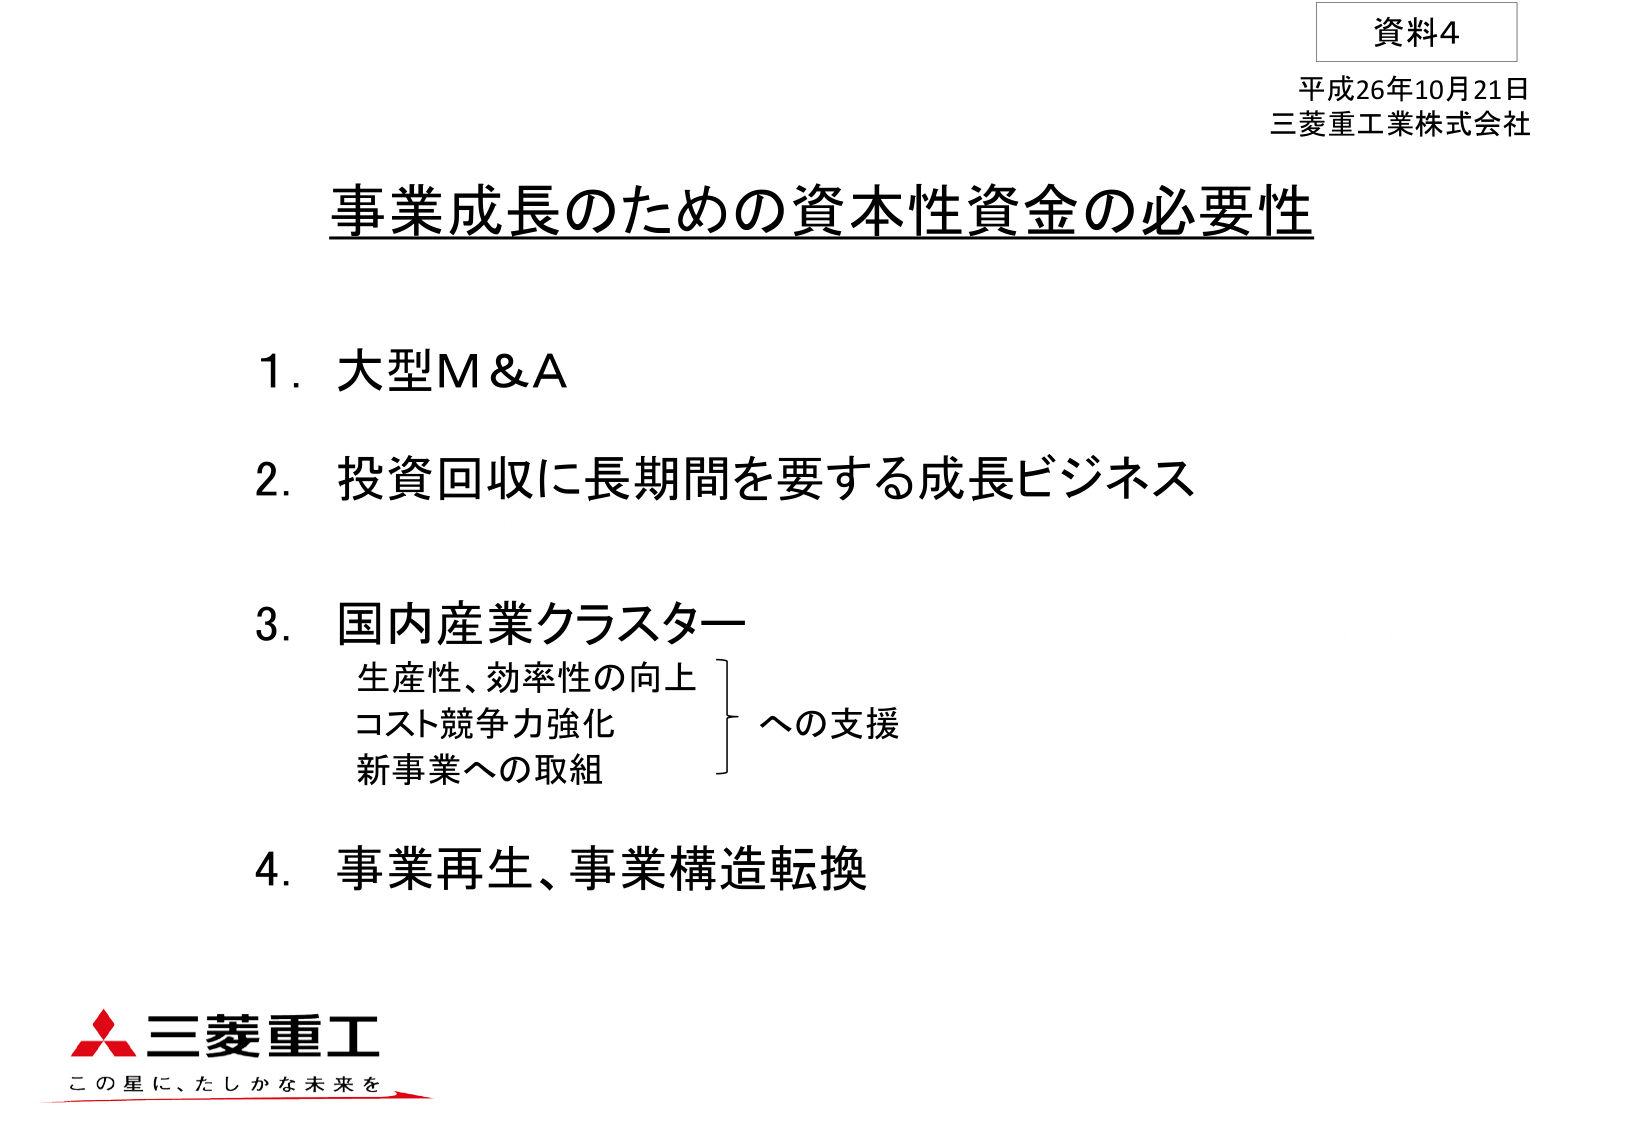
資料4
平成26年10月21日
三菱重工業株式会社

事業成長のための資本性資金の必要性

1. 大型M&A
2. 投資回収に長期間を要する成長ビジネス
3. 国内産業クラスター
　生産性、効率性の向上
　コスト競争力強化
　新事業への取組
　　｝への支援
4. 事業再生、事業構造転換

三菱重工
この星に、たしかな未来を